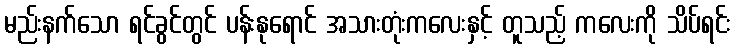
မည်းနက်သော ရင်ခွင်တွင် ပန်းနုရောင် အသားတုံးကလေးနှင့် တူသည့် ကလေးကို သိပ်ရင်း